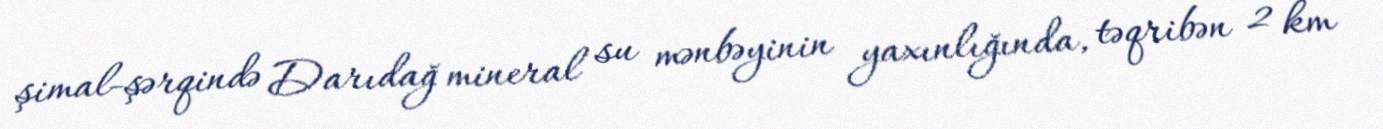
şimal-şərqində Darıdağ mineral su mənbəyinin yaxınlığında, təqribən 2 km